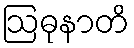
ဩဓုနာတိ